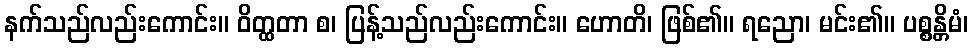
နက်သည်လည်းကောင်း။ ဝိတ္ထတာ စ၊ ပြန့်သည်လည်းကောင်း။ ဟောတိ၊ ဖြစ်၏။ ရညော၊ မင်း၏။ ပစ္စန္တိမံ၊